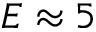
E \approx 5